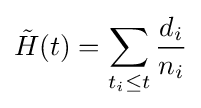
{\tilde {H}}(t)=\sum _{t_{i}\leq t}{\frac {d_{i}}{n_{i}}}